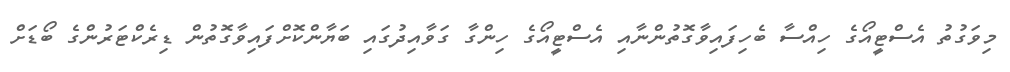
މިވަގުތު އެސްޓީއޯގެ ހިއްސާ ބެހިފައިވާގޮތުންނާއި އެސްޓީއޯގެ ހިންގާ ގަވާއިދުގައި ބަޔާންކޮށްފައިވާގޮތުން ޑިރެކްޓަރުންގެ ބޯޑަށް